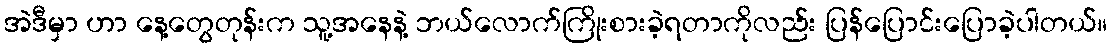
အဲဒီမှာ ဟာ နေ့တွေတုန်းက သူ့အနေနဲ့ ဘယ်လောက်ကြိုးစားခဲ့ရတာကိုလည်း ပြန်ပြောင်းပြောခဲ့ပါတယ်။